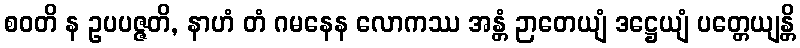
စဝတိ န ဥပပဇ္ဇတိ, နာဟံ တံ ဂမနေန လောကဿ အန္တံ ဉာတေယျံ ဒဋ္ဌေယျံ ပတ္တေယျန္တိ